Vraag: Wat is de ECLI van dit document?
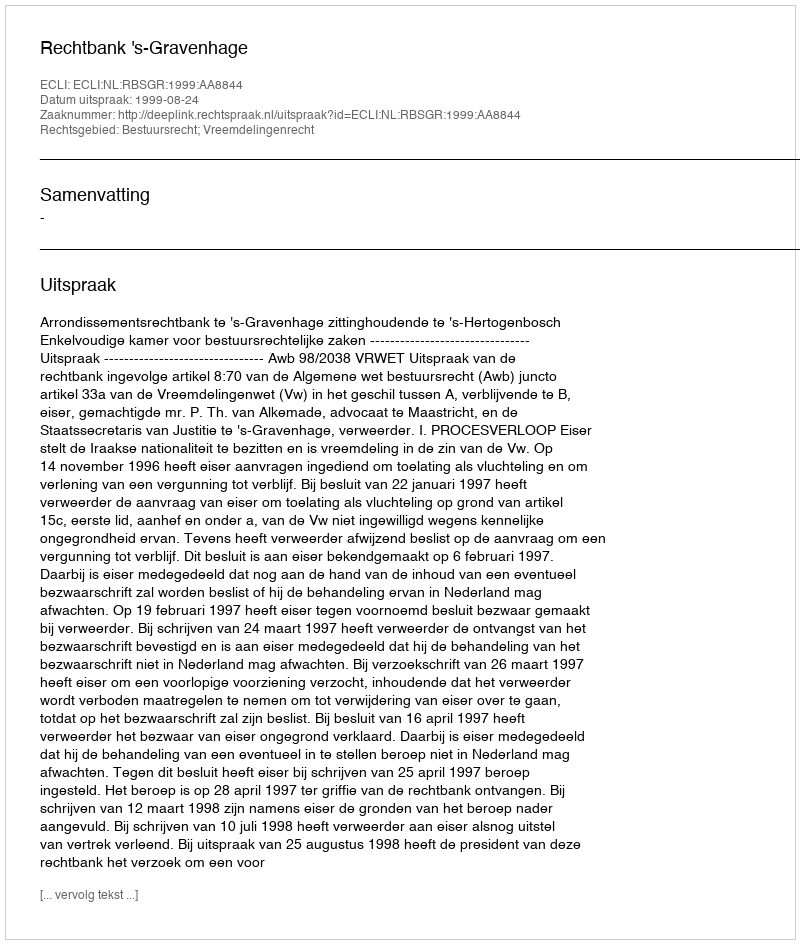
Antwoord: ECLI:NL:RBSGR:1999:AA8844